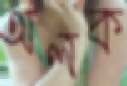
অলক